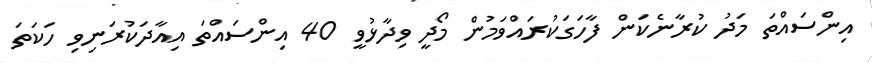
އިންސައްތަ މަދު ކުރާނެކަން ފާހަގަކުރައްވަމުން މޯދީ ވިދާޅުވީ 40 އިންސައްތަ އިއާދަކުރަނިވި ހަކަތަ